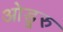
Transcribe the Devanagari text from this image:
ओडूरु